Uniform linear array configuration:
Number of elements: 12
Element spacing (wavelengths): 1
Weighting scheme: exponential
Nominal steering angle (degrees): -30
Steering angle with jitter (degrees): -30.449
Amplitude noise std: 0.05
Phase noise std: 0.05

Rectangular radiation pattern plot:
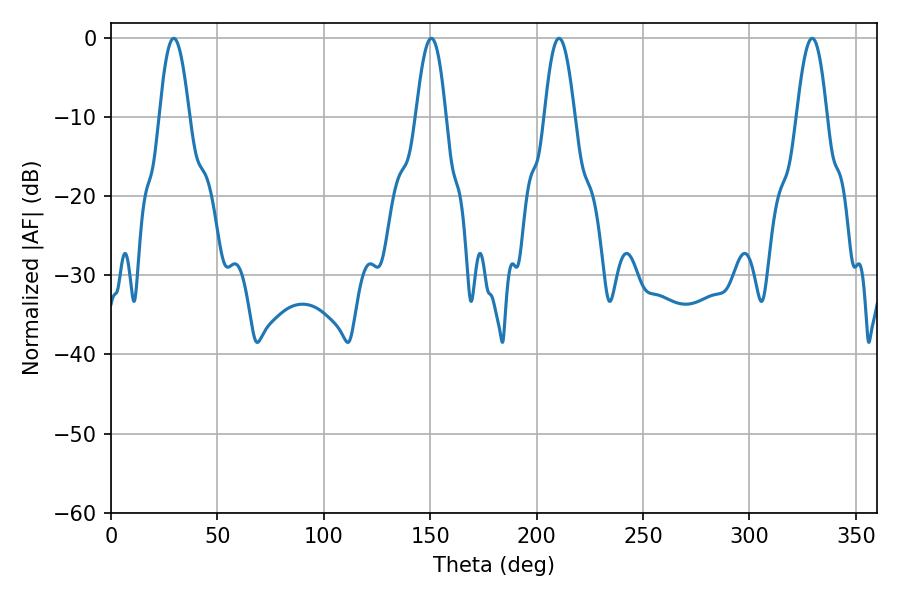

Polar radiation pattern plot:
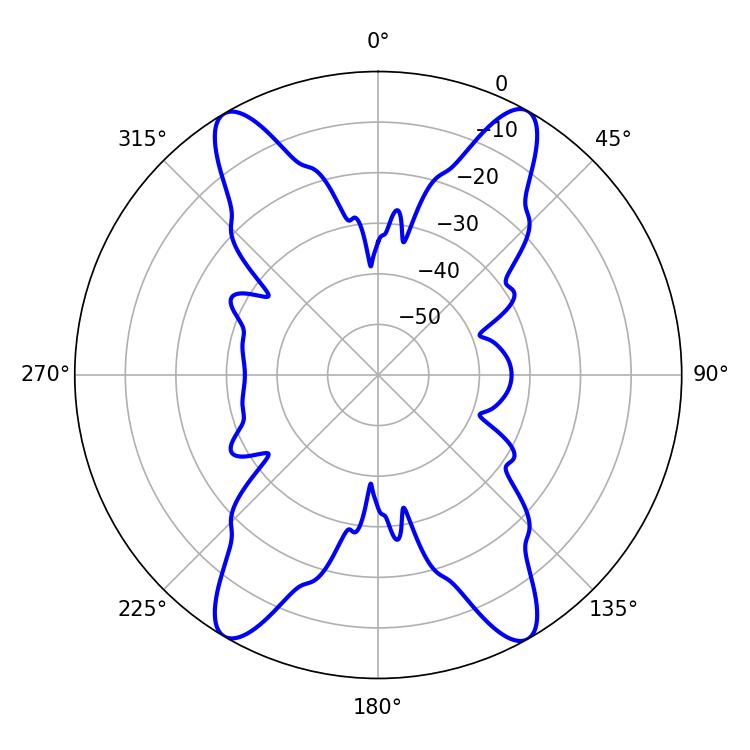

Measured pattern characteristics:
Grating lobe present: TRUE
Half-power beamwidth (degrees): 7.56
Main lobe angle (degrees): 29.52